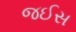
જઈસ